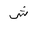
Letter: _shin